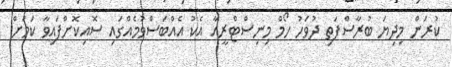
ކުރަން މިދިޔަ ބުރާސްފަތި ދުވަހު ހޯމް މިނިސްޓްރީއާ އެކު އެއްބަސްވުމެއްގައި ސޮއިކޮށްފައިވާ ކަމަށް